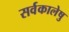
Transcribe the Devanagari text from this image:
सर्वकालेषु